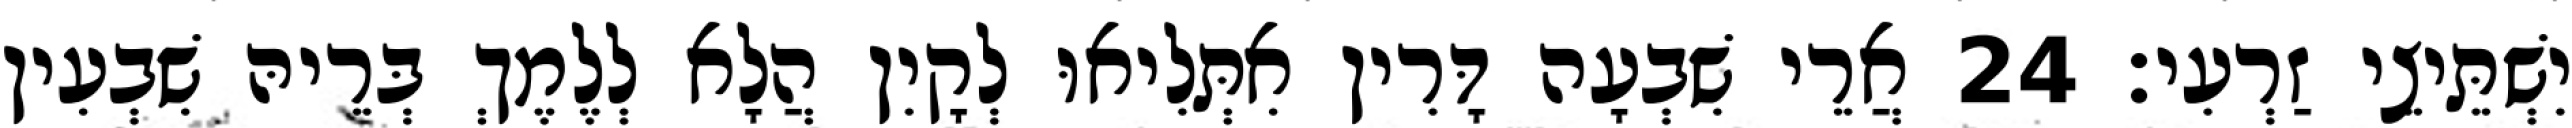
יִשְׁתֵּיצֵי זַרְעִי׃ 24 אֲרֵי שִׁבְעָה דָּרִין אִתְּלִיאוּ לְקָיִן הֲלָא לְלֶמֶךְ בְּרֵיהּ שִׁבְעִין